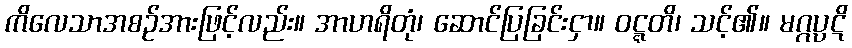
ကိလေသာအစဉ်အားဖြင့်လည်း။ အာဟရိတုံ၊ ဆောင်ပြခြင်းငှာ။ ဝဋ္ဋတိ၊ သင့်၏။ မဂ္ဂပ္ပဋိ